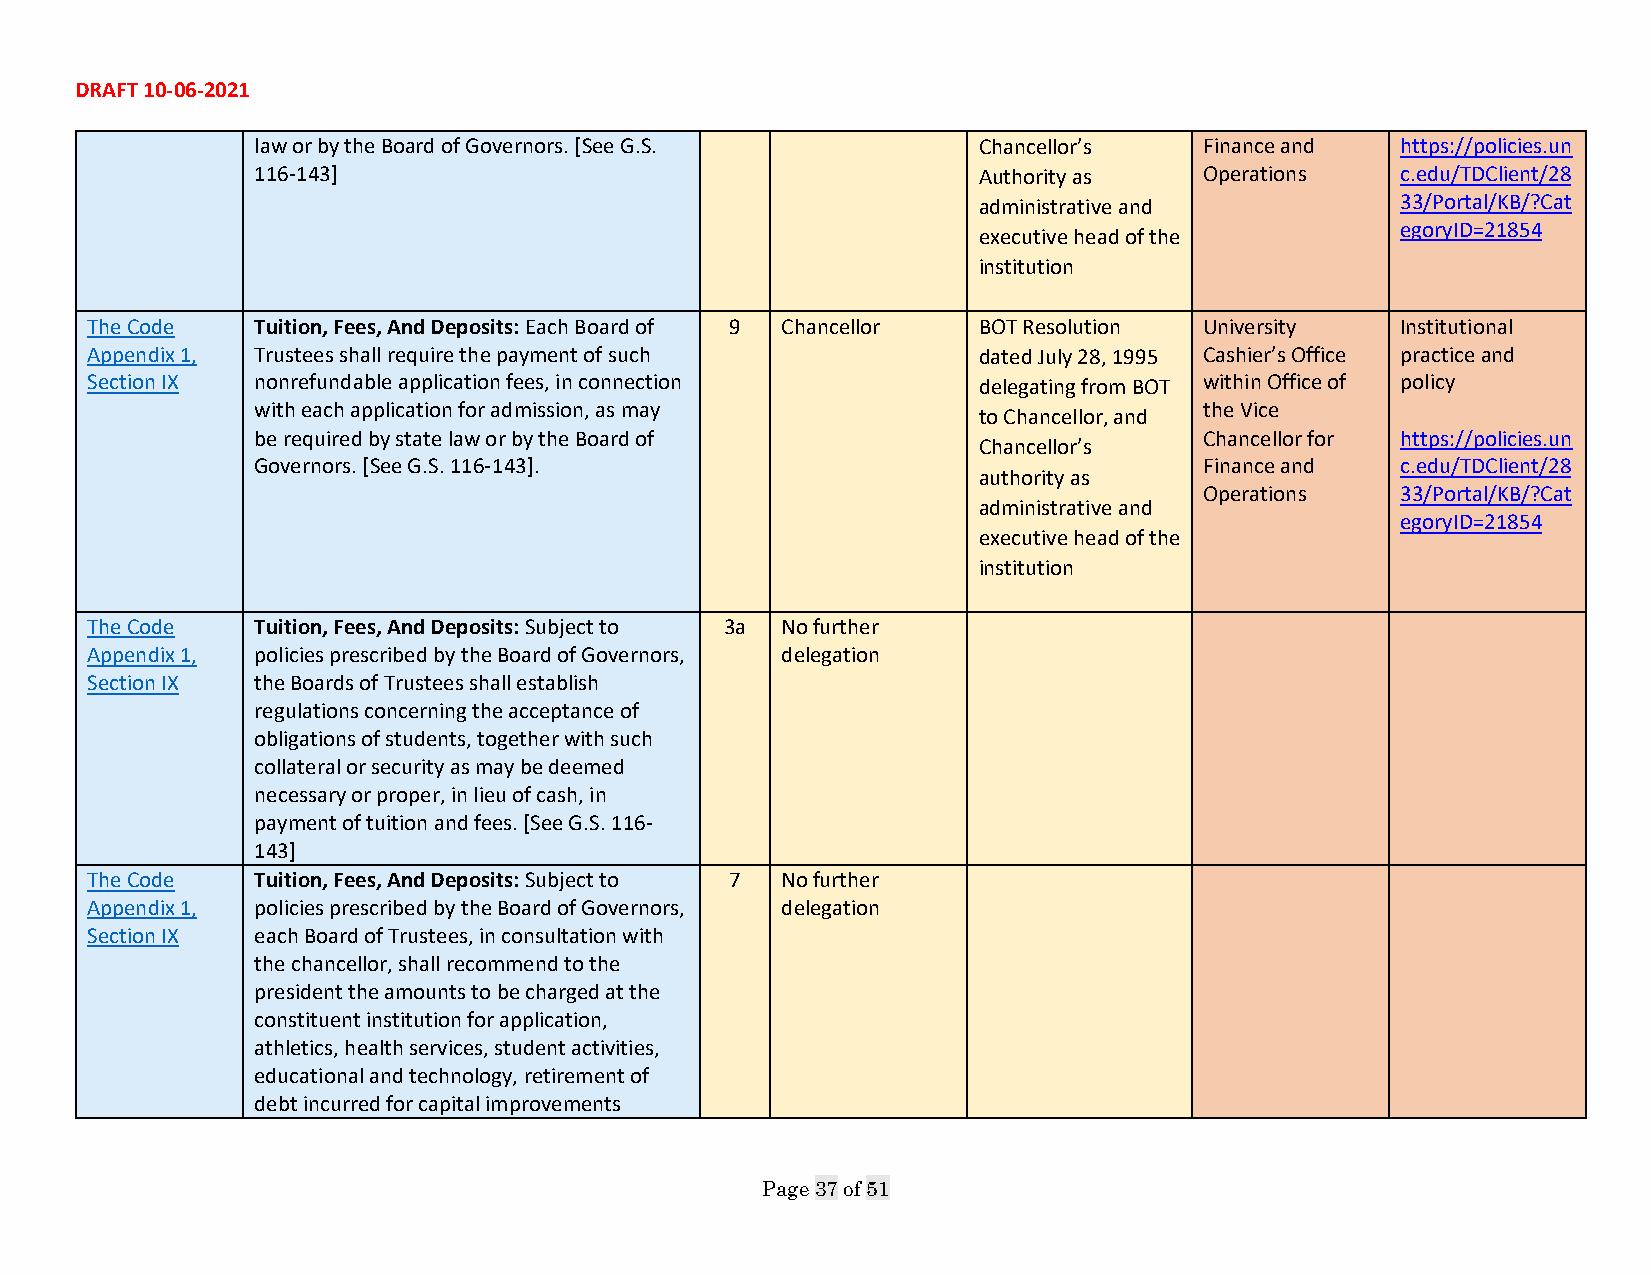
DRAFT 10-06-2021
 law or by the Board of Governors. [See G.S.     Chancellor’s   Finance and  https://policies.un
 116-143]                                        Authority as   Operations   c.edu/TDClient/28
 administrative and          33/Portal/KB/?Cat
 egoryID=21854
 executive head of the
 institution
 The Code   Tuition, Fees, And Deposits: Each Board of 9 Chancellor BOT Resolution University Institutional
 Appendix 1, Trustees shall require the payment of such     dated July 28, 1995 Cashier’s Office practice and
 Section IX nonrefundable application fees, in connection   delegating from BOT within Office of policy
 with each application for admission, as may                    the Vice
 to Chancellor, and
 be required by state law or by the Board of                    Chancellor for https://policies.un
 Chancellor’s
 Governors. [See G.S. 116-143].                                 Finance and  c.edu/TDClient/28
 authority as
 Operations   33/Portal/KB/?Cat
 administrative and
 egoryID=21854
 executive head of the
 institution
 The Code   Tuition, Fees, And Deposits: Subject to 3a No further
 Appendix 1, policies prescribed by the Board of Governors, delegation
 Section IX the Boards of Trustees shall establish
 regulations concerning the acceptance of
 obligations of students, together with such
 collateral or security as may be deemed
 necessary or proper, in lieu of cash, in
 payment of tuition and fees. [See G.S. 116-
 143]
 The Code   Tuition, Fees, And Deposits: Subject to 7 No further
 Appendix 1, policies prescribed by the Board of Governors, delegation
 Section IX each Board of Trustees, in consultation with
 the chancellor, shall recommend to the
 president the amounts to be charged at the
 constituent institution for application,
 athletics, health services, student activities,
 educational and technology, retirement of
 debt incurred for capital improvements
 Page 37 of 51